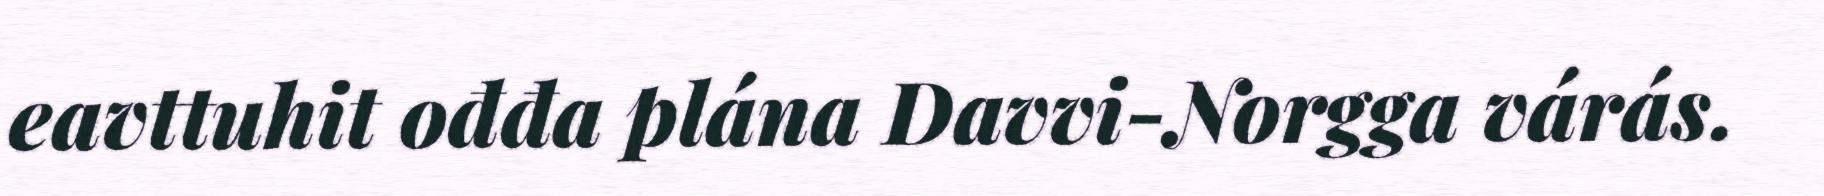
eavttuhit ođđa plána Davvi-Norgga várás.